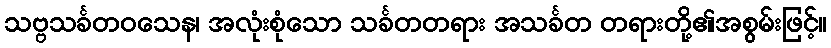
သဗ္ဗသင်္ခတဝသေန၊ အလုံးစုံသော သင်္ခတတရား အသင်္ခတ တရားတို့၏အစွမ်းဖြင့်။